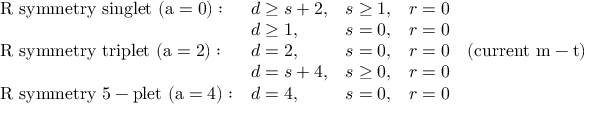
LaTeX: \begin{array} { l l l l } { { \mathrm { ~ R ~ s y m m e t r y ~ s i n g l e t ~ ( a = 0 ) : } } } & { { d \geq s + 2 , } } & { { s \geq 1 , } } & { { r = 0 } } \\ { { } } & { { d \geq 1 , } } & { { s = 0 , } } & { { r = 0 } } \\ { { \mathrm { ~ R ~ s y m m e t r y ~ t r i p l e t ~ ( a = 2 ) : } } } & { { d = 2 , } } & { { s = 0 , } } & { { r = 0 \quad \mathrm { ( c u r r e n t ~ m - t ) } } } \\ { { } } & { { d = s + 4 , } } & { { s \geq 0 , } } & { { r = 0 } } \\ { { \mathrm { ~ R ~ s y m m e t r y ~ 5 - p l e t ~ ( a = 4 ) : } } } & { { d = 4 , } } & { { s = 0 , } } & { { r = 0 } } \end{array}